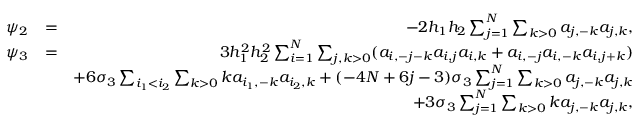
\begin{array} { r l r } { \psi _ { 2 } } & { = } & { - 2 h _ { 1 } h _ { 2 } \sum _ { j = 1 } ^ { N } \sum _ { k > 0 } a _ { j , - k } a _ { j , k } , } \\ { \psi _ { 3 } } & { = } & { 3 h _ { 1 } ^ { 2 } h _ { 2 } ^ { 2 } \sum _ { i = 1 } ^ { N } \sum _ { j , k > 0 } ( a _ { i , - j - k } a _ { i , j } a _ { i , k } + a _ { i , - j } a _ { i , - k } a _ { i , j + k } ) } \\ & { } & { + 6 \sigma _ { 3 } \sum _ { i _ { 1 } < i _ { 2 } } \sum _ { k > 0 } k a _ { i _ { 1 } , - k } a _ { i _ { 2 } , k } + ( - 4 N + 6 j - 3 ) \sigma _ { 3 } \sum _ { j = 1 } ^ { N } \sum _ { k > 0 } a _ { j , - k } a _ { j , k } } \\ & { } & { + 3 \sigma _ { 3 } \sum _ { j = 1 } ^ { N } \sum _ { k > 0 } k a _ { j , - k } a _ { j , k } , } \end{array}